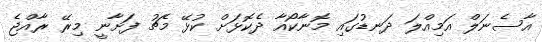
އާސެނަލް އަމިއްލަ ދަނޑުގައި މޮނާކޯއާ ދެކޮޅަށް ކުޅޭ މެޗު ފަށާނީ މިރޭ ރާއްޖެ